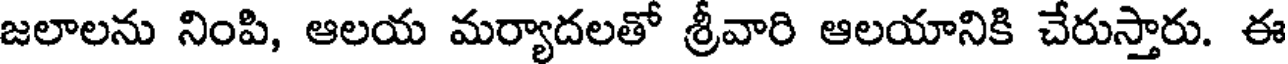
జలాలను నింపి, ఆలయ మర్యాదలతో శ్రీవారి ఆలయానికి చేరుస్తారు. ఈ